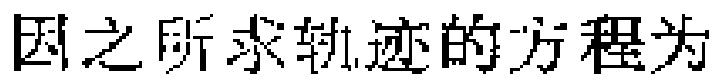
因之所求轨迹的方程为